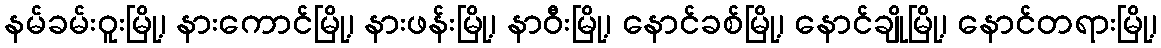
နမ်ခမ်းဝူးမြို့၊ နားကောင်မြို့၊ နားဖန်းမြို့၊ နာဝီးမြို့၊ နောင်ခစ်မြို့၊ နောင်ချိုမြို့၊ နောင်တရားမြို့၊